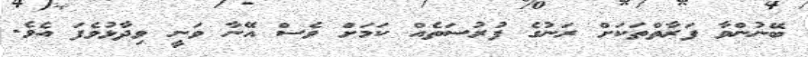
ބޭނުންވާ ފަރާތްތަކަށް ރަނުގެ ފުރުސަތެއް ކަމަށް ވެސް އޭނާ ވަނީ ވިދާޅުވެފަ އެވެ.